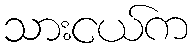
သားငယ်က